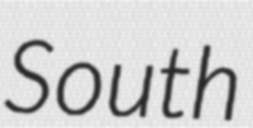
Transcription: South